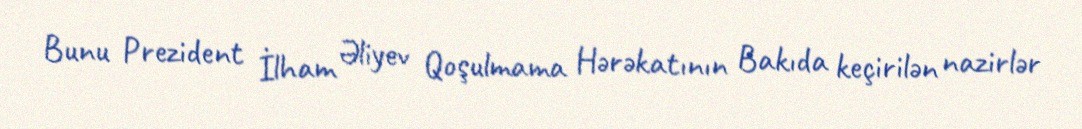
Bunu Prezident İlham Əliyev Qoşulmama Hərəkatının Bakıda keçirilən nazirlər